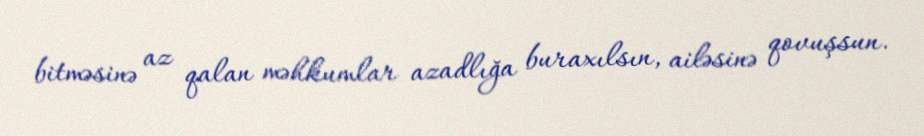
bitməsinə az qalan məhkumlar azadlığa buraxılsın, ailəsinə qovuşsun.